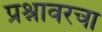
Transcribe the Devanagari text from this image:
प्रश्नावरचा